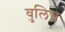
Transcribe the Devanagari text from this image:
वुलिच